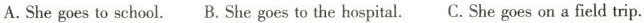
A.She gose to school. B.She goes to the hospital. C. She goes on a field trip.